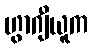
ဟွာဂျီယူက